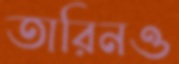
তারিনও